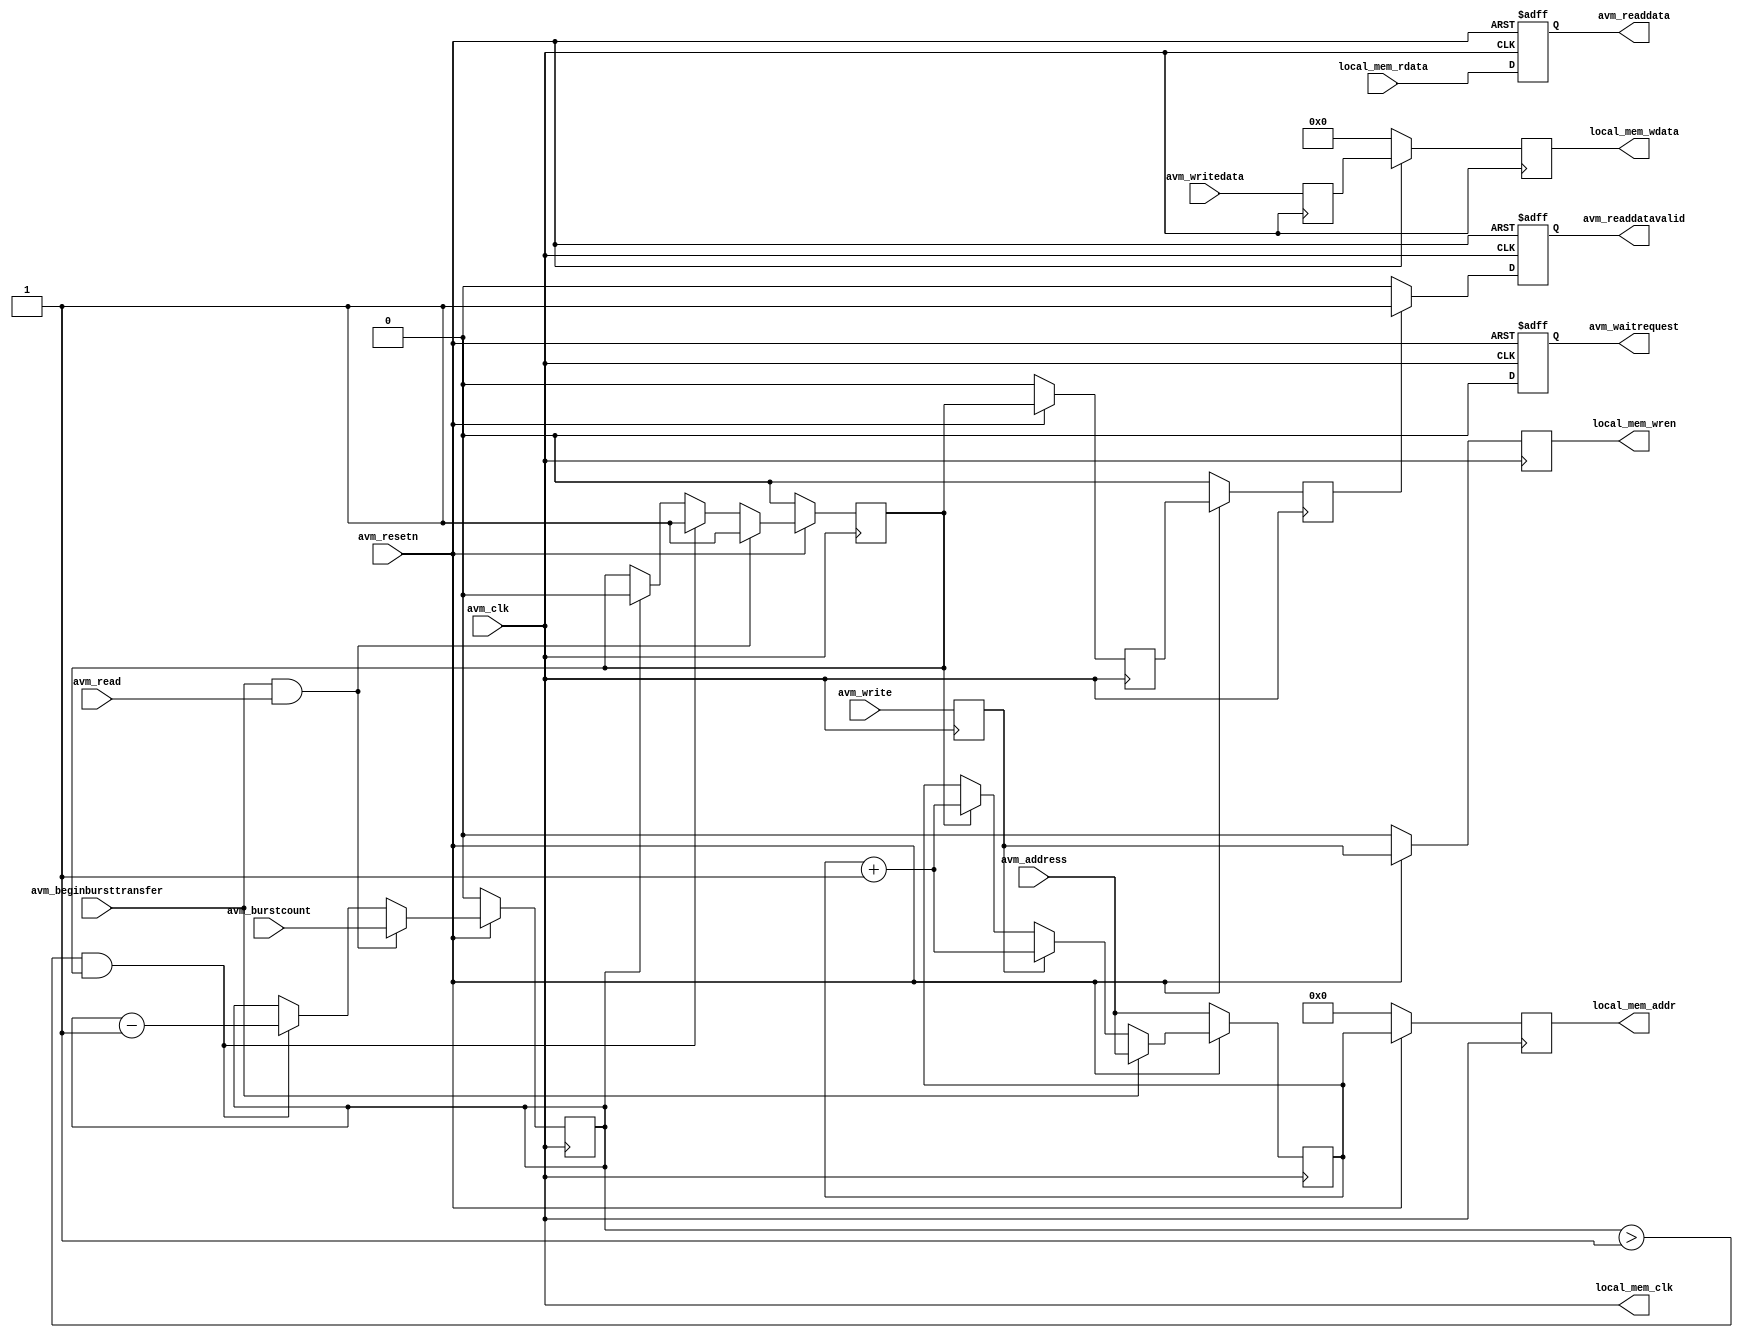


//////////////////////////////////////////////////////////////////-
// (c) Copyright 1984 - 2016 Xilinx, Inc. All rights reserved.
//
// This file contains confidential and proprietary information
// of Xilinx, Inc. and is protected under U.S. and
// international copyright and other intellectual property
// laws.
//
// DISCLAIMER
// This disclaimer is not a license and does not grant any
// rights to the materials distributed herewith. Except as
// otherwise provided in a valid license issued to you by
// Xilinx, and to the maximum extent permitted by applicable
// law: (1) THESE MATERIALS ARE MADE AVAILABLE "AS IS" AND
// WITH ALL FAULTS, AND XILINX HEREBY DISCLAIMS ALL WARRANTIES
// AND CONDITIONS, EXPRESS, IMPLIED, OR STATUTORY, INCLUDING
// BUT NOT LIMITED TO WARRANTIES OF MERCHANTABILITY, NON-
// INFRINGEMENT, OR FITNESS FOR ANY PARTICULAR PURPOSE; and
// (2) Xilinx shall not be liable (whether in contract or tort,
// including negligence, or under any other theory of
// liability) for any loss or damage of any kind or nature
// related to, arising under or in connection with these
// materials, including for any direct, or any indirect,
// special, incidental, or consequential loss or damage
// (including loss of data, profits, goodwill, or any type of
// loss or damage suffered as a result of any action brought
// by a third party) even if such damage or loss was
// reasonably foreseeable or Xilinx had been advised of the
// possibility of the same.
//
// CRITICAL APPLICATIONS
// Xilinx products are not designed or intended to be fail-
// safe, or for use in any application requiring fail-safe
// performance, such as life-support or safety devices or
// systems, Class III medical devices, nuclear facilities,
// applications related to the deployment of airbags, or any
// other applications that could lead to death, personal
// injury, or severe property or environmental damage
// (individually and collectively, "Critical
// Applications"). Customer assumes the sole risk and
// liability of any use of Xilinx products in Critical
// Applications, subject only to applicable laws and
// regulations governing limitations on product liability.
//
// THIS COPYRIGHT NOTICE AND DISCLAIMER MUST BE RETAINED AS
// PART OF THIS FILE AT ALL TIMES.
//////////////////////////////////////////////////////////////////-
// ************************************************************************
//
//////////////////////////////////////////////////////////////////////////////-
// Version:         v1.0
// Description:     This is the amm slave example model.
//////////////////////////////////////////////////////////////////////////////-
//
// History:
//
//  Karthee      07/10/16      // First version
// ~~~~~~
`timescale 1ns/1ps
(* DowngradeIPIdentifiedWarnings="yes" *)

module axi4_amm_slave #(
parameter                              C_HAS_FIXED_WAIT = 0,//1,
parameter                              C_HAS_RESPONSE = 1,//1,
parameter                              C_FIXED_WRITE_WAIT = 5,
parameter                              C_FIXED_READ_WAIT = 1,
parameter                              C_HAS_FIXED_READ_LATENCY = 0,//1,
parameter                              C_READ_LATENCY = 3,
parameter                              C_S_AXI_DATA_WIDTH   = 32,
parameter                              C_S_AXI_ADDR_WIDTH   = 10,
parameter                              C_USE_WSTRB          = 0,
parameter                              C_AVM_BURST_WIDTH    = 1,
parameter                              C_PROTOCOL           = 0,
parameter                              C_FAMILY            = "virtex7"
)
(
    input                                   avm_clk,
    input                                   avm_resetn,
    input [C_S_AXI_ADDR_WIDTH-1:0]          avm_address,  
    input                                   avm_write, 
    input                                   avm_read, 
//    input [((C_S_AXI_DATA_WIDTH / 8)-1):0]  avm_byteenable, 
    input [(C_S_AXI_DATA_WIDTH - 1):0]      avm_writedata,    
    output reg [(C_S_AXI_DATA_WIDTH - 1):0] avm_readdata, 
//    output reg [1:0]                        avm_resp,
    output reg                              avm_readdatavalid,
    input                                   avm_beginbursttransfer,
    input [C_AVM_BURST_WIDTH-1:0]           avm_burstcount,
//    output reg                              avm_writeresponsevalid,
    output reg                              avm_waitrequest,
    
    //mem read and write
    	//output RAM interface single port
    (*mark_debug = "true"*)output reg [C_S_AXI_DATA_WIDTH-1:0]    local_mem_wdata,
    (*mark_debug = "true"*)output reg                             local_mem_wren,
    (*mark_debug = "true"*)output reg  [C_S_AXI_ADDR_WIDTH-1:0]   local_mem_addr,
    (*mark_debug = "true"*)input  wire [C_S_AXI_DATA_WIDTH-1:0]	  local_mem_rdata,
    output wire	                                                  local_mem_clk
);

    (*mark_debug = "true"*)reg [C_AVM_BURST_WIDTH-1:0]     arlen_i;
    //reg [(C_S_AXI_DATA_WIDTH - 1):0]            avm_mem [31:0];
    (*mark_debug = "true"*)reg                             avm_write_i;
    (*mark_debug = "true"*)reg                             avm_read_i;
    (*mark_debug = "true"*)reg                             avm_read_i0;
    (*mark_debug = "true"*)reg                             avm_read_i1;

    (*mark_debug = "true"*)reg [C_S_AXI_ADDR_WIDTH-1:0]    avm_address_i;
    reg [(C_S_AXI_DATA_WIDTH - 1):0] avm_writedata_i;
    
    assign local_mem_clk = avm_clk;

    //address
    always @(posedge avm_clk) begin
        if(avm_resetn == 1'b0) begin
               avm_address_i <= avm_address;    
        end else begin
            if(avm_beginbursttransfer) begin
               avm_address_i <= avm_address;
            end else if(avm_write_i) begin 
               avm_address_i <= avm_address_i + 1'b1;
            end else if(avm_read_i) begin 
               avm_address_i <= avm_address_i + 1'b1;
            end
        end
    end

   always @(posedge avm_clk) begin
     if(avm_resetn == 1'b0) begin
        arlen_i <= 0;
        avm_read_i <= 0;
      end else begin
        if(avm_beginbursttransfer && avm_read) begin 
          avm_read_i <= 1'b1;
          arlen_i <= avm_burstcount;
        end else if(arlen_i > 1 && avm_read_i) begin 
          avm_read_i <= 1'b1;
          arlen_i <= arlen_i - 1;
        end else if(arlen_i == 1) begin
          avm_read_i <= 0;
        end
     end
   end

//read delay
    always @(posedge avm_clk)
    if(avm_resetn == 1'b0) begin
        avm_read_i0 <= 1'b0;
        avm_read_i1 <= 1'b0;
    end else begin
        avm_read_i0 <= avm_read_i1;
        avm_read_i1 <= avm_read_i;
    end

    //for data read and write
    always @(posedge avm_clk or negedge avm_resetn)
    if(avm_resetn == 1'b0) begin
        avm_waitrequest <= 1'b1;
        avm_readdata <= 0;
        avm_readdatavalid <= 1'b0;       
    end else begin
        avm_waitrequest <= 1'b0;
        avm_readdata <= local_mem_rdata;
        if(avm_read_i0) begin
           avm_readdatavalid <= 1'b1;
        end else begin
           avm_readdatavalid <= 1'b0;       
        end
    end
   
  //generata the ram write signal
  //for data read and write
  always @(posedge avm_clk) begin
     if(avm_resetn == 1'b0) begin
        local_mem_wdata <= 0;
        local_mem_wren <= 1'b0;  
        local_mem_addr <= 0;
     end else begin
        local_mem_wdata <= avm_writedata_i;
        local_mem_wren <= avm_write_i;
        local_mem_addr <= avm_address_i;
     end
   end

  always @(posedge avm_clk) begin
    avm_write_i <= avm_write;
    avm_writedata_i <= avm_writedata;
  end

endmodule